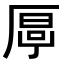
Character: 𠪋